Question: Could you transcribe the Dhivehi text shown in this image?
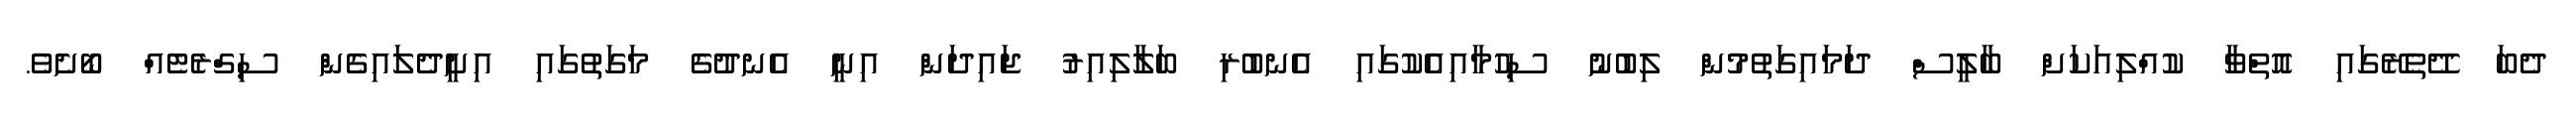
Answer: ދެބަ ދޭތެރޭގައި އޮތްވާ ކުއްލިއަކަށް ބާލީސް ދަމައިގަތުމުން ލިބުނު ސިހުމާއިއެކުގައި އެނބުރި ބަލާލިއިރު ޖައިދަން އިނީ އެނދުގެ މަގަތުގައި އިށީދެލައިގެން ސިގްރެޓެއް ބޯށެވެ.